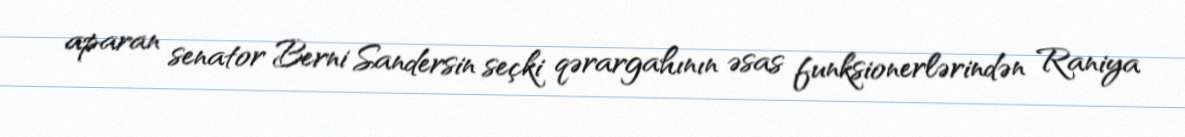
aparan senator Berni Sandersin seçki qərargahının əsas funksionerlərindən Raniya